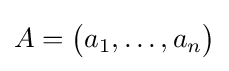
A={\big (}a_{1},\dots ,a_{n}{\big )}